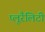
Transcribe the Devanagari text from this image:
प्लूरैलिटी